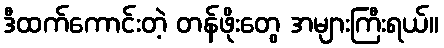
ဒီထက်ကောင်းတဲ့ တန်ဖိုးတွေ အများကြီးရယ်။